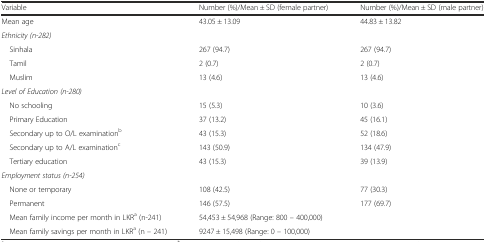
<table><thead><tr><td><b>Variable</b></td><td><b>Number (%)/Mean ± SD (female partner)</b></td><td><b>Number (%)/Mean ± SD (male partner)</b></td></tr></thead><tbody><tr><td>Mean age</td><td>43.05 ± 13.09</td><td>44.83 ± 13.82</td></tr><tr><td colspan="3"><i>Ethnicity (n-282)</i></td></tr><tr><td> Sinhala</td><td>267 (94.7)</td><td>267 (94.7)</td></tr><tr><td> Tamil</td><td>2 (0.7)</td><td>2 (0.7)</td></tr><tr><td> Muslim</td><td>13 (4.6)</td><td>13 (4.6)</td></tr><tr><td colspan="3"><i>Level of Education (n-280)</i></td></tr><tr><td> No schooling</td><td>15 (5.3)</td><td>10 (3.6)</td></tr><tr><td> Primary Education</td><td>37 (13.2)</td><td>45 (16.1)</td></tr><tr><td> Secondary up to O/L examination<sup>b</sup></td><td>43 (15.3)</td><td>52 (18.6)</td></tr><tr><td> Secondary up to A/L examination<sup>c</sup></td><td>143 (50.9)</td><td>134 (47.9)</td></tr><tr><td> Tertiary education</td><td>43 (15.3)</td><td>39 (13.9)</td></tr><tr><td colspan="3"><i>Employment status (n-254)</i></td></tr><tr><td> None or temporary</td><td>108 (42.5)</td><td>77 (30.3)</td></tr><tr><td> Permanent</td><td>146 (57.5)</td><td>177 (69.7)</td></tr><tr><td> Mean family income per month in LKR<sup>a</sup> (n-241)</td><td colspan="2">54,453 ± 54,968 (Range: 800 – 400,000)</td></tr><tr><td> Mean family savings per month in LKR<sup>a</sup> (n – 241)</td><td colspan="2">9247 ± 15,498 (Range: 0 – 100,000)</td></tr></tbody></table>